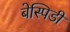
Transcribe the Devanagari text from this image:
बेस्पिडी